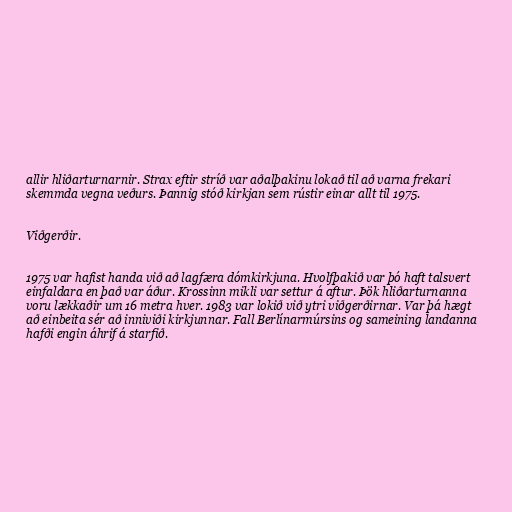
allir hliðarturnarnir. Strax eftir stríð var aðalþakinu lokað til að varna frekari
skemmda vegna veðurs. Þannig stóð kirkjan sem rústir einar allt til 1975.

Viðgerðir.

1975 var hafist handa við að lagfæra dómkirkjuna. Hvolfþakið var þó haft talsvert
einfaldara en það var áður. Krossinn mikli var settur á aftur. Þök hliðarturnanna
voru lækkaðir um 16 metra hver. 1983 var lokið við ytri viðgerðirnar. Var þá hægt
að einbeita sér að inniviði kirkjunnar. Fall Berlínarmúrsins og sameining landanna
hafði engin áhrif á starfið.